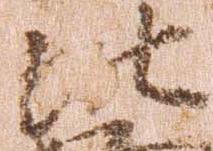
比